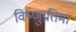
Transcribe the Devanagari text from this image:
विष्णुप्रतिमा